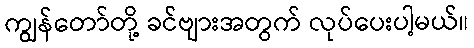
ကျွန်တော်တို့ ခင်ဗျားအတွက် လုပ်ပေးပါ့မယ်။